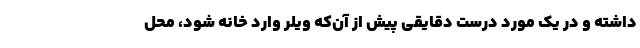
داشته و در یک مورد درست دقایقی پیش از آن‌که ویلر وارد خانه شود، محل